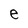
Character: e